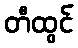
တီထွင်